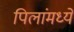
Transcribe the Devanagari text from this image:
पिलांमध्ये